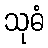
သုဓံ